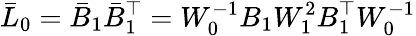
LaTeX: \bar{L}_{0}=\bar{B}_{1}\bar{B}_{1}^{\top}=W_{0}^{-1}B_{1}W_{1}^{2}B_{1}^{\top}W_{0}^{-1}